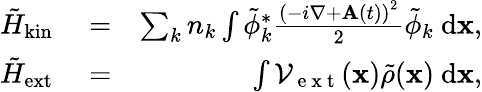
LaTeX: \begin{array}{rlr}{\tilde{H}_{\mathrm{kin}}}&{{}=}&{\sum_{k}{n_{k}\int\tilde{\phi}_{k}^{*}\frac{\left(-i\nabla+{\mathbf A}(t)\right)^{2}}{2}\tilde{\phi}_{k}\ \mathrm{d}{\mathbf x}},}\\ {\tilde{H}_{\mathrm{ext}}}&{{}=}&{\int{\mathcal{V}_{\mathrm{~e~x~t~}}({\mathbf x})\tilde{\rho}({\mathbf x})\ \mathrm{d}{\mathbf x}},}\end{array}